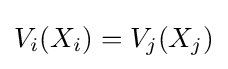
V_{i}(X_{i})=V_{j}(X_{j})